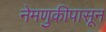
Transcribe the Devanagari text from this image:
नेमणुकीपासून